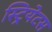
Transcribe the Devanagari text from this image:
स्ट्रियेटस